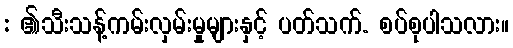
: ၏သီးသန့်ကမ်းလှမ်းမှုများနှင့် ပတ်သက်. စပ်စုပါသလား။